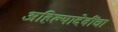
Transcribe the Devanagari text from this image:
अहिल्यादेवींचा